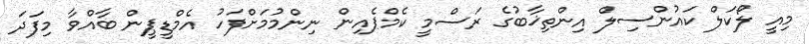
މިއީ ލޯކަލް ކައުންސިލް އިންތިޚާބުގެ ރަސްމީ ކެމްޕެއިން ނިންމުމަށްފަހު އެމްޑީޕީން ބާއްވާ މިފަދަ